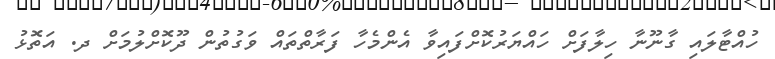
ހުއްޓާލައި ގާނޫނާ ހިލާފަށް ހައްޔަރުކޮށްފައިވާ އެންމެހާ ފަރާތްތައް ވަގުތުން ދޫކޮށްލުމަށް ދ. އަތޮޅު